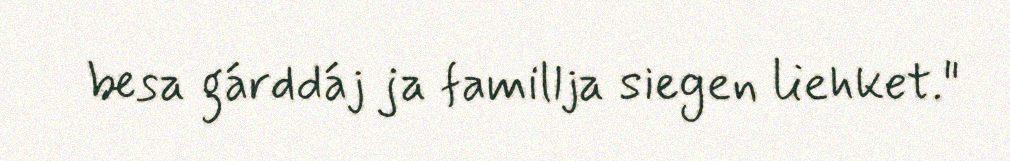
besa gárddáj ja famillja siegen liehket."